Assam Mental Hospital (Tezpur, India) - 1933-1948
Year: 1933
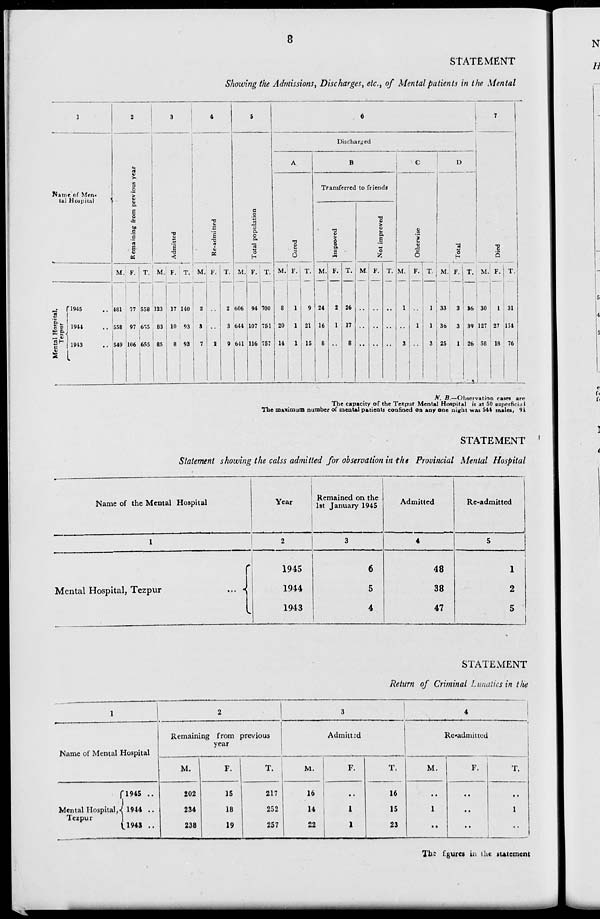
8
STATEMENT
Showing the Admissions, Discharges, etc., of Mental patients in the Mental
1
Name of Men-
tal Hospital
Mental Hospital,
Tezpur
1945 ..
1944 ..
1943 ..
2
Remaining from previous year
M.
481
558
549
F.
77
97
106
T.
558
655
655
3
Admitted
M.
123
83
85
F.
17
10
8
T.
140
93
93
4
Re-admitted
M.
2
3
7
F.
..
..
2
T.
2
3
9
5
Total population
M.
606
644
641
F.
94
107
116
T.
700
751
757
6
Discharged
A
Cured
M.
8
20
14
F.
1
1
1
T.
9
21
15
B
Transferred to friends
Improved
M.
24
16
8
F.
2
1
..
T.
26
17
8
Not improved
M.
..
..
..
F.
..
..
..
T.
..
..
..
C
Otherwise
M.
1
..
3
F.
..
1
..
T.
1
1
3
D
Total
M.
33
36
25
F.
3
3
1
T.
36
39
26
7
Died
M.
30
127
58
F.
1
27
18
T.
31
154
76
N. B.—Observation cases are
The capacity of the Tezpur Mental Hospital is at 50 superficial
The maximum number of mental patients confined on any one night was 544 males, 91
STATEMENT
Statement showing the calss admitted for observation in the Provincial Mental Hospital
Name of the Mental Hospital
1
Mental Hospital, Tezpur
...
Year
2
1945
1944
1943
Remained on the
1st January 1945
3
6
5
4
Admitted
4
48
38
47
Re-admitted
5
1
2
5
STATEMENT
Return of Criminal Lunatics in the
1
Name of Mental Hospital
Mental Hospital,
Tezpur
1945 ..
1944 ..
1943 ..
2
Remaining from previous
year
M.
202
234
238
F.
15
18
19
T.
217
252
257
3
Admitted
M.
16
14
22
F.
..
1
1
T.
16
15
23
4
Re-admitted
M.
..
1
..
F.
..
..
..
T.
..
1
..
The figures in the statement